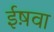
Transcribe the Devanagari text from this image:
ईष़वा